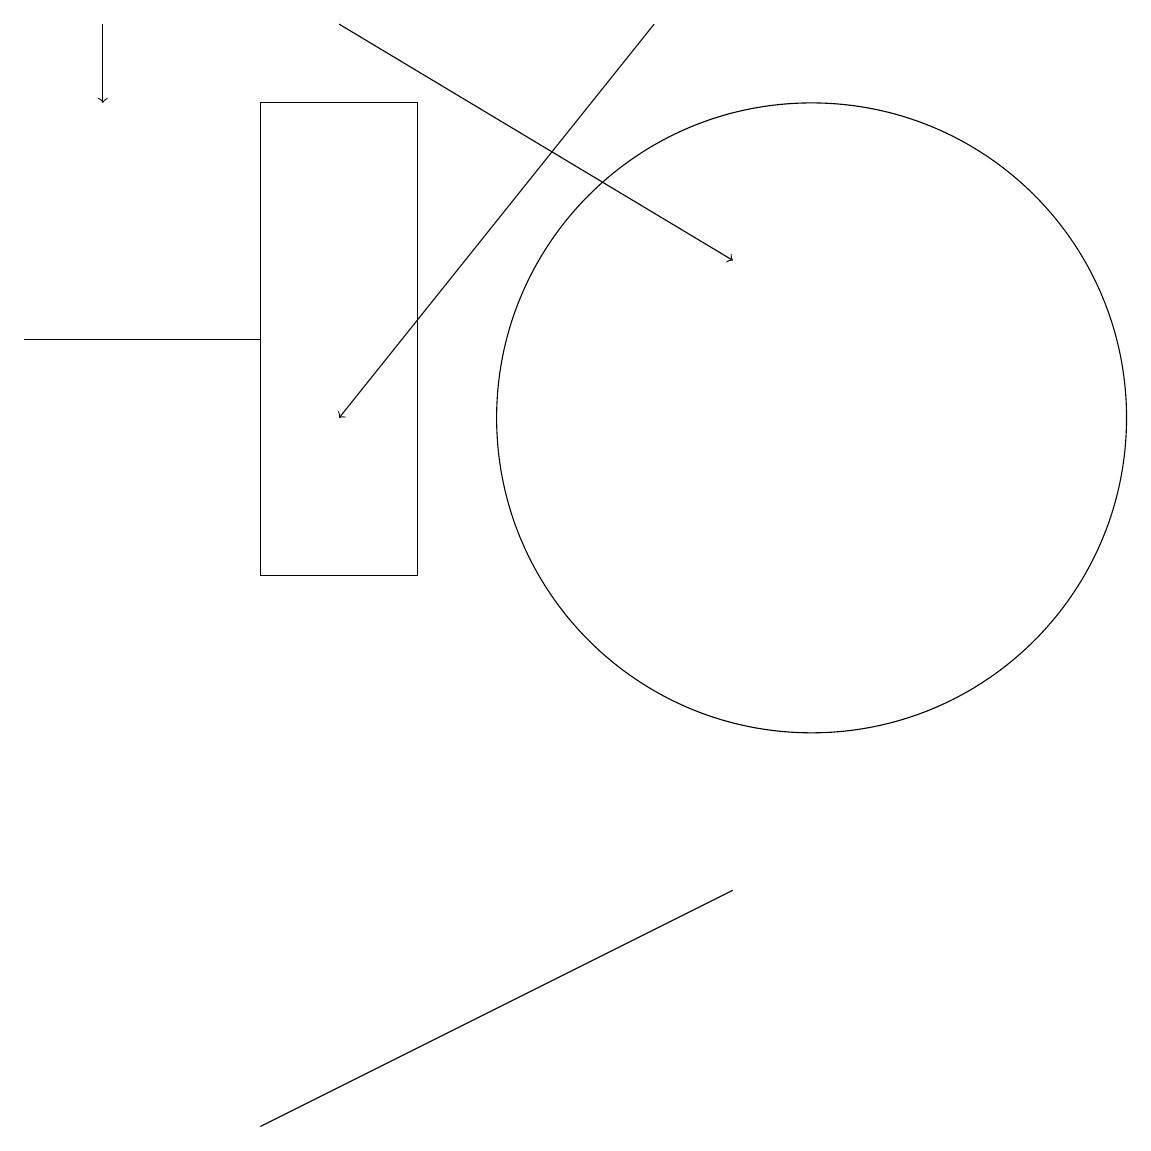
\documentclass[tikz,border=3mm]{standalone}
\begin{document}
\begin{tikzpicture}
\draw (7,5) -- (9,6) -- (3,3) -- cycle;
\draw[->] (1,17) -- (1,16);
\draw[->] (8,17) -- (4,12);
\draw[->] (4,17) -- (9,14);
\draw (3,13) rectangle (0,13);
\draw (10,12) circle (4);
\draw (5,10) rectangle (3,16);
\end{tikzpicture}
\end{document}